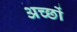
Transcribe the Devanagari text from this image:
अच्छों